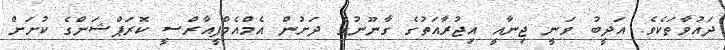
ދައުވާތަކެވެ. އަދީބު ވަނީ ޖިނާއީ އިޖުރާއަތުގެ ގާނޫނުގެ ދަށުން އެމްއެމްޕީއާރްސީ ކޮރަޕްޝަންގެ ކުށަށް